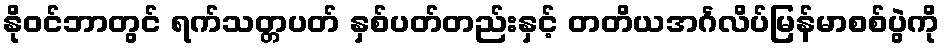
နိုဝင်ဘာတွင် ရက်သတ္တပတ် နှစ်ပတ်တည်းနှင့် တတိယအင်္ဂလိပ်မြန်မာစစ်ပွဲကို